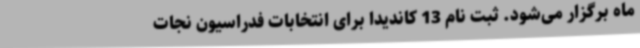
ماه برگزار می‌شود. ثبت نام 13 کاندیدا برای انتخابات فدراسیون نجات